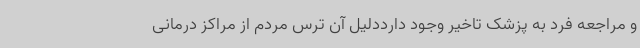
و مراجعه فرد به پزشک تاخیر وجود دارددلیل آن ترس مردم از مراکز درمانی